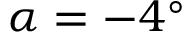
\alpha = - 4 ^ { \circ }